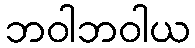
ဘဝါဘဝါယ